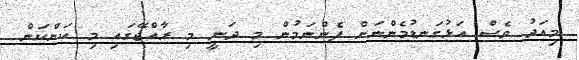
މިއަދު ވެސް އަޅުގަނޑުމެންނަށް ފެންނަމުން މި ދަނީ މި ރާއްޖޭގައި މި ކަންކަން